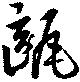
甌